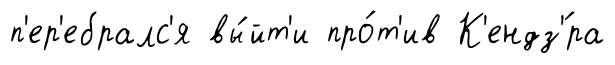
п'ер'ебралс'я вы́йт'и про́т'ив К'ендз'́ра